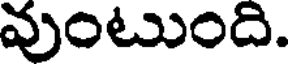
వుంటుంది.